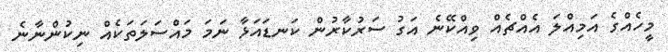
މީހެއްގެ އަމިއްލަ އެއްޗެއް ވިއްކޭނެ އަގު ސަރުކާރުން ކަނޑައަޅާ ނަމަ މައްސަލަތަކެއް ނިކުންނާނެ